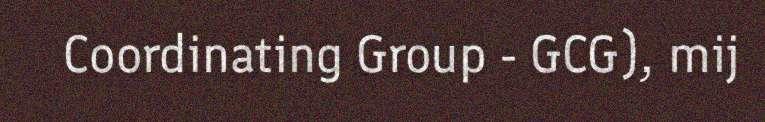
Coordinating Group - GCG), mij